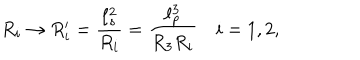
R _ { i } \rightarrow R _ { i } ^ { \prime } = \frac { \ell _ { s } ^ { 2 } } { R _ { i } } = \frac { \ell _ { p } ^ { 3 } } { R _ { 3 } R _ { i } } \quad i = 1 , 2 ,